Document type: Barter
Year: 1304
Scribe: Pere Pometa
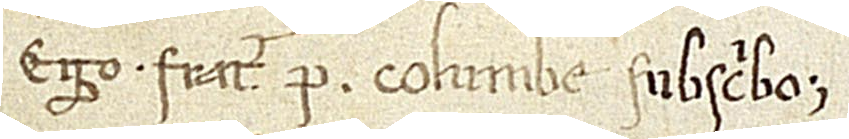
Ego frater P. Columbe subscribo.